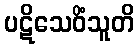
ပဋိသေဝိံသူတိ